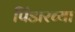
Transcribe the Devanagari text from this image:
पिंडारच्या